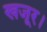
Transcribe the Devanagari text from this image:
खजूर।